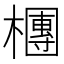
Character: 檲